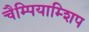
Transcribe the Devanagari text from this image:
चैम्पियाम्शिप